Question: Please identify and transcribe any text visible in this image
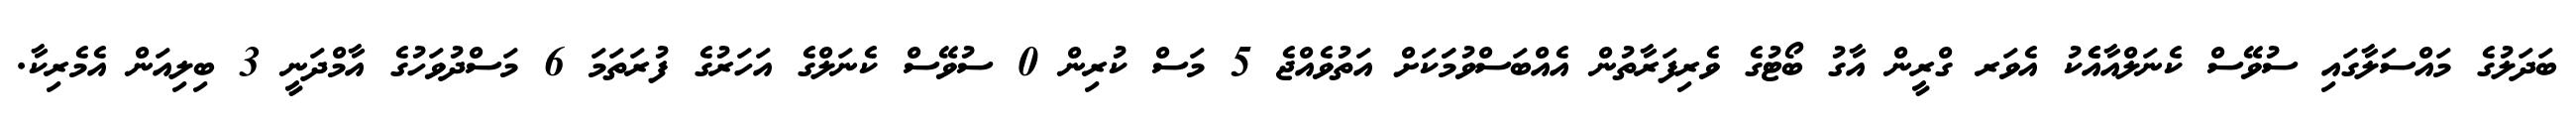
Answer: ބަދަލުގެ މައްސަލާގައި ސުވޭސް ކެނަލްއާއެެކު އެވަރ ގްރީން އާގު ބޯޓުގެ ވެރިފަރާތުން އެއްބަސްވުމަަކަށް އަތުވެއްޖެ 5 މަސް ކުރިން 0 ސުވޭސް ކެނަލްގެ އަހަރުގެ ފުރަތަމަ 6 މަސްދުވަހުގެ އާމްދަނީ 3 ބިލިއަން އެމެރިކާ.